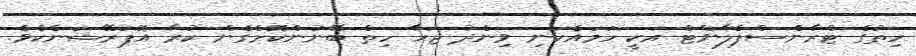
ހިތުގެ ޓްރާންސްޕްލާންޓް އަކީ ހަމައެކަނި ވިންދު ޖަހާ ހިތް ބޭނުންކޮށްގެން ކުރާ އޮޕަރޭޝަނެކެވެ.